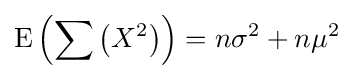
\operatorname {E} \left(\sum \left(X^{2}\right)\right)=n\sigma ^{2}+n\mu ^{2}